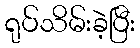
ရုပ်သိမ်းခဲ့ပြီး